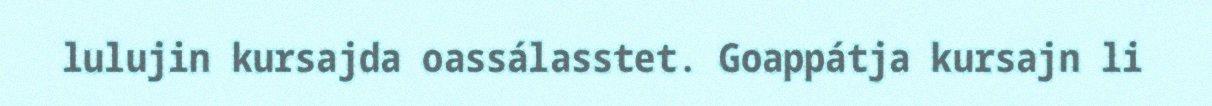
lulujin kursajda oassálasstet. Goappátja kursajn li